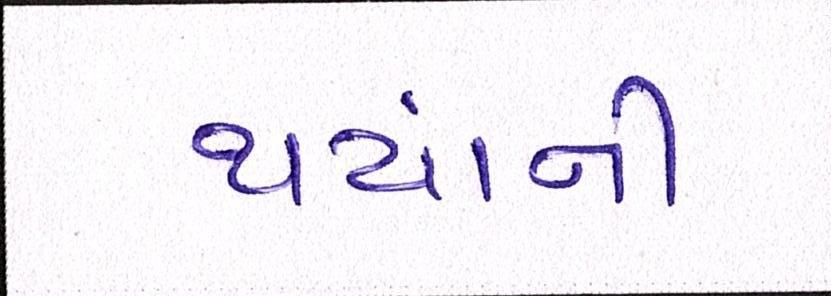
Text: થયાંની